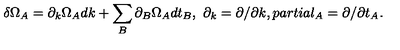
\delta \Omega _ { A } = \partial _ { k } \Omega _ { A } d k + \sum _ { B } \partial _ { B } \Omega _ { A } d t _ { B } , \ \partial _ { k } = \partial / \partial k , p a r t i a l _ { A } = \partial / \partial t _ { A } .